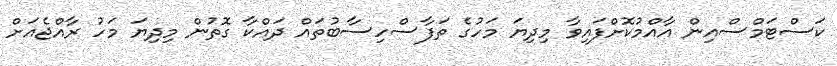
ކަސްޓަމްސްއިން އާއްމުކޮށްފައިވާ މިދިޔަ މަހުގެ ތަފާސްހިސާބުތައް ދައްކާ ގޮތުން މިދިޔަ މަހު ރާއްޖެއަށް